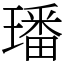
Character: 璠